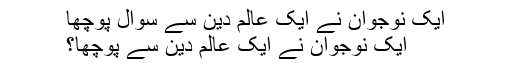
ایک نوجوان نے ایک عالم دین سے سوال پوچھا
ایک نوجوان نے ایک عالم دین سے پوچھا؟